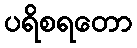
ပရိစရတော